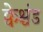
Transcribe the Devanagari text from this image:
क्वेश्चंड